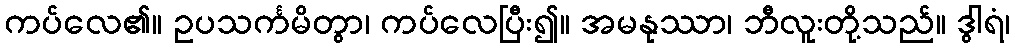
ကပ်လေ၏။ ဥပသင်္ကမိတွာ၊ ကပ်လေပြီး၍။ အမနုဿာ၊ ဘီလူးတို့သည်။ ဒွါရံ၊